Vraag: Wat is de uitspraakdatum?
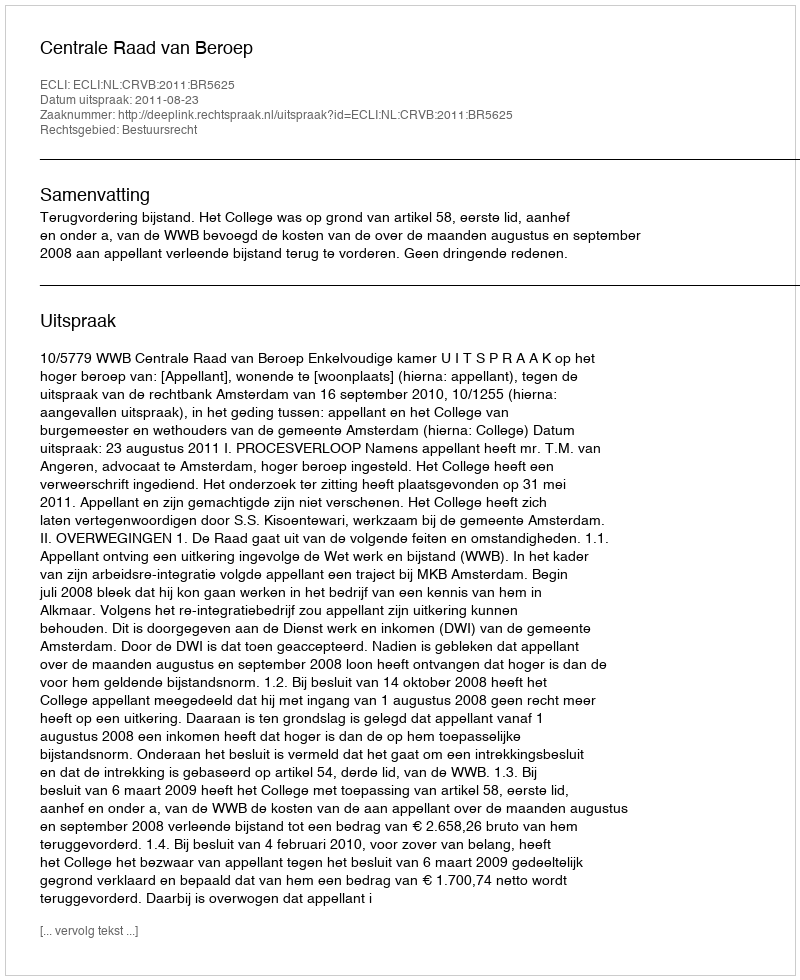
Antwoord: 2011-08-23